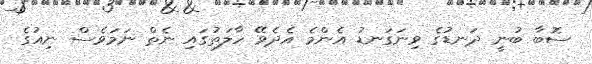
ސޮބާ ބުނީ ދަނޑުގެ ވިނަގަނޑު އެންމެ އެދެވޭ ހާލަތުގައި ނެތް ނަމަވެސް ނިއުގެ